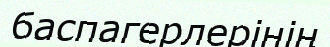
баспагерлерінің